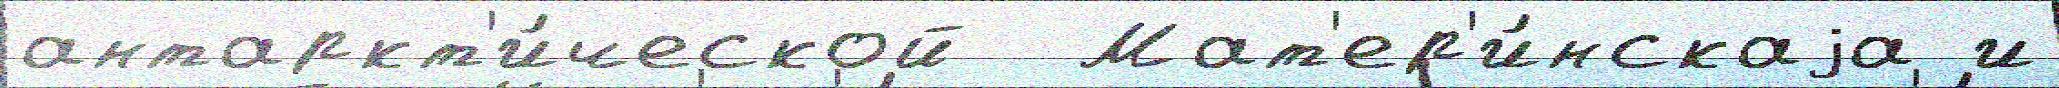
антаркт'и́ческой  Мат'ер'и́нскаjа и